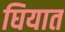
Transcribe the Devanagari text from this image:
घियात